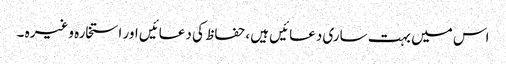
اس میں بہت ساری دعائیں ہیں ،حفاظ کی دعائیں اور استخارہ وغیرہ ۔